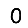
Digit: 0